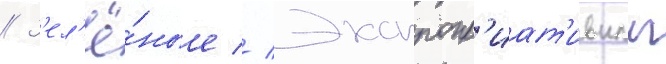
// З'ел'ё́ные // Экспропр'иат'ивныи